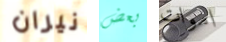
نيران بعض اموات